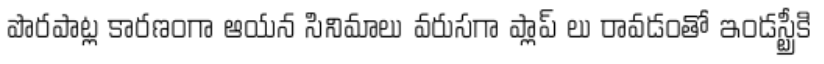
పొరపాట్ల కారణంగా ఆయన సినిమాలు వరుసగా ప్లాప్ లు రావడంతో ఇండస్ట్రీకి